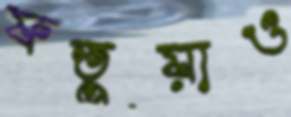
ফতুয়াও